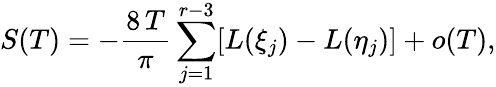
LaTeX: S(T)=-\frac{8\, T}{\pi}\sum_{j=1}^{r-3}[L(\xi_{j})-L(\eta_{j})]+o(T),